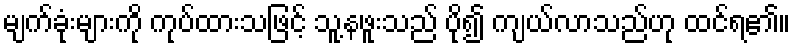
မျက်ခုံးများကို ကုပ်ထားသဖြင့် သူ့နဖူးသည် ပို၍ ကျယ်လာသည်ဟု ထင်ရ၏။